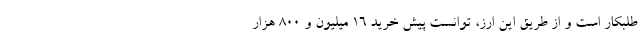
طلبکار است و از طریق این ارز، توانست پیش خرید ۱۶ میلیون و ۸۰۰ هزار